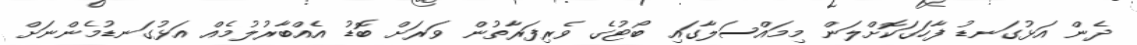
ދެން އަޅުގަނޑު ފާހަގަކޮށްލަން މިމައްސަލާގައި ބޯޓުގެ ވެރިފަރާތުން ވަރަށް ބޮޑު އެއްބާރުލުމެއް އަޅުގަނޑުމެންނަށް